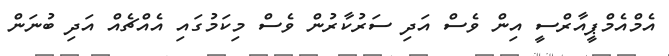
އެމްއެމްޕީއާރްސީ އިން ވެސް އަދި ސަރުކާރުން ވެސް މިކަމުގައި އެއްޗެއް އަދި ބުނަން